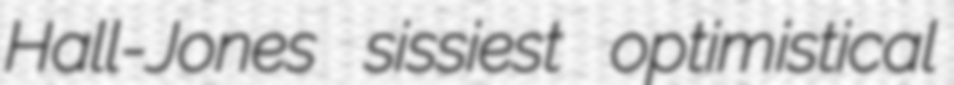
Hall-Jones sissiest optimistical